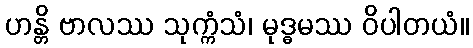
ဟန္တိ ဗာလဿ သုက္ကံသံ၊ မုဒ္ဓမဿ ဝိပါတယံ။